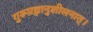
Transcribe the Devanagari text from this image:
गुरूप्रज्ञानुशीलनात्।